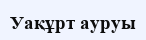
Уақұрт ауруы